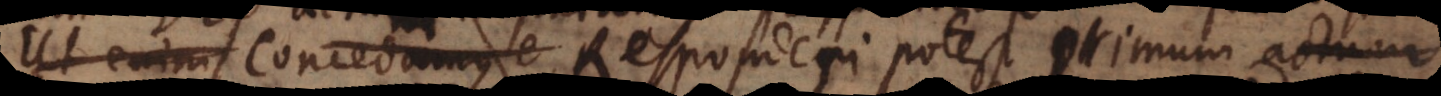
Ut enim concedamus e Responderi potest primum actum